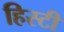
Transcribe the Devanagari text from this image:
हिस्टी